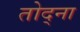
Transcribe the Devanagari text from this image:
तोद्ना